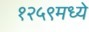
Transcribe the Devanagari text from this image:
१२५९मध्ये